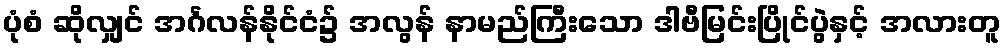
ပုံစံ ဆိုလျှင် အင်္ဂလန်နိုင်ငံ၌ အလွန် နာမည်ကြီးသော ဒါဗီမြင်းပြိုင်ပွဲနှင့် အလားတူ